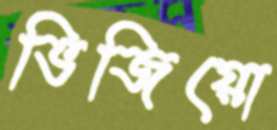
ভিজিয়ো